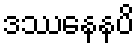
ဒဿနေနပိ